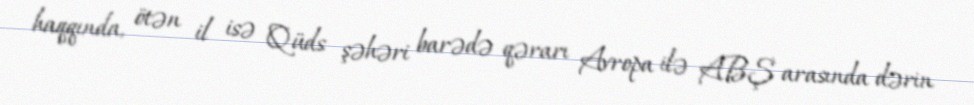
haqqında, ötən il isə Qüds şəhəri barədə qərarı Avropa ilə ABŞ arasında dərin